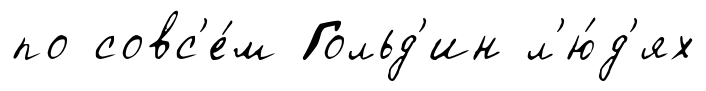
по совс'е́м Гольд'ин л'ю́д'ях